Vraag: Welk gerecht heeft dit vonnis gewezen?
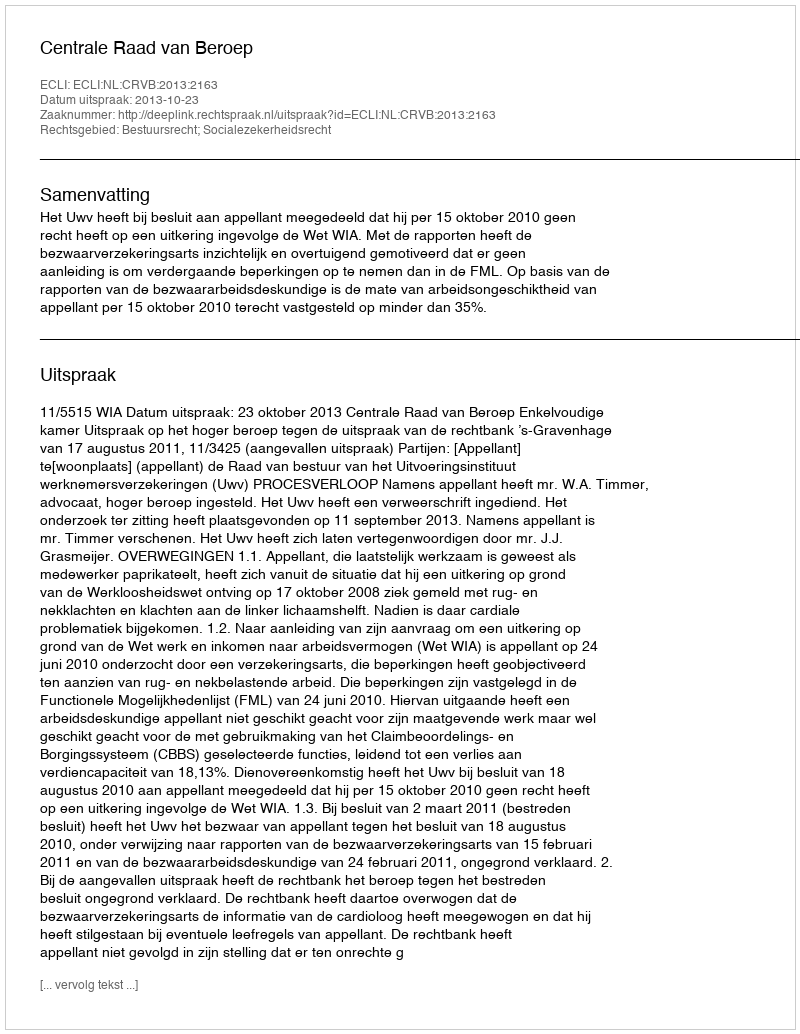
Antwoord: Centrale Raad van Beroep